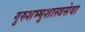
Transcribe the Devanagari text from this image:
गुरुशभ्भुशास्त्रसेवा